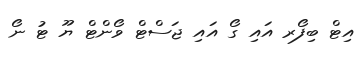
އިޓް ބިފޯރ އައި ގޯ އައި ޖަސްޓް ވޯންޓް ޔޫ ޓު ނޯ